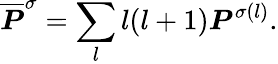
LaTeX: \overline{{\boldsymbol{P}}}^{\sigma}=\sum_{l}l(l+1)\boldsymbol{P}^{\sigma(l)}.